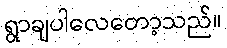
ရွာချပါလေတော့သည်။